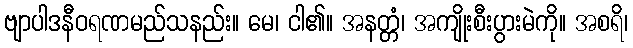
ဗျာပါဒနီဝရဏမည်သနည်း။ မေ၊ ငါ၏။ အနတ္တံ၊ အကျိုးစီးပွားမဲကို။ အစရိ၊